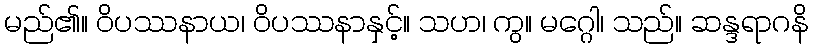
မည်၏။ ဝိပဿနာယ၊ ဝိပဿနာနှင့်။ သဟ၊ ကွ။ မဂ္ဂေါ၊ သည်။ ဆန္ဒရာဂနိ